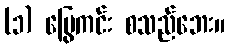
(၁) မြွေကင်း စသည်ဘေး။